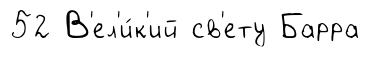
52 В'ел'и́к'ий св'ету Барра